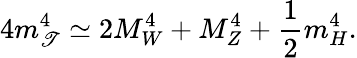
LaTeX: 4m_{\mathscr{T}}^{4}\simeq2M_{W}^{4}+M_{Z}^{4}+{\frac{{1}}{{2}}}m_{H}^{4}.